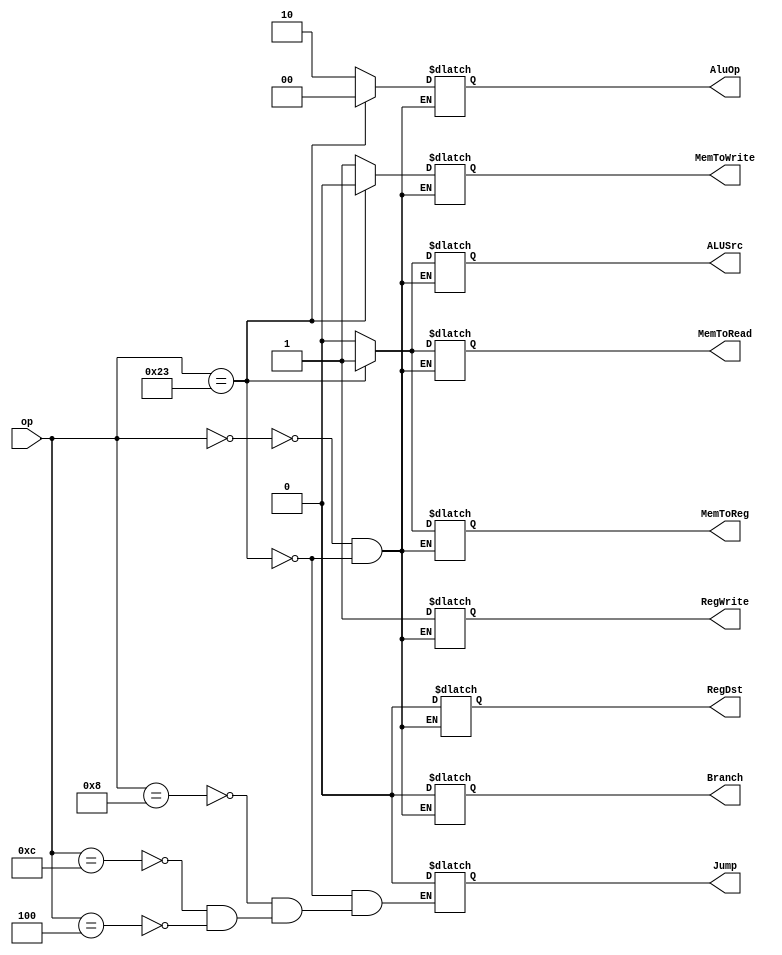
module UnidadDeControl( input [5:0] op,
output reg RegDst, output reg Branch, output reg MemToRead,
output reg MemToReg, output reg MemToWrite, output reg ALUSrc, 
output reg RegWrite, output reg Jump, output reg [1:0] AluOp );

always @(op) begin

    case(op)

    6'b000000: begin  //Instrucciones tipo R
        RegDst = 1'b0;  
        Branch = 1'b0;  
        MemToRead = 1'b0;
        MemToReg = 1'b0;
        MemToWrite = 1'b1;
        ALUSrc = 1'b0; 
        RegWrite = 1'b1;
        AluOp = 2'b10;
	end
		
	6'b100011: begin  //Instrucciones tipo I
		Jump = 1'b0;  //lw
		RegDst = 1'b0;  
        Branch = 1'b0;  
        MemToRead = 1'b1;
        MemToReg = 1'b1;
        MemToRead = 1'b1;
        MemToWrite = 1'b0;
        ALUSrc = 1'b1; 
        RegWrite = 1'b1;
        AluOp = 2'b00;
	end
	6'b100011: begin  //Instrucciones tipo I
						//sw
		RegDst = 1'b0;  
        Branch = 1'b0;  
        MemToRead = 1'b1;
        MemToReg = 1'b1;
        MemToRead = 1'b1;
		
        ALUSrc = 1'b1; 
        RegWrite = 1'b0;
        AluOp = 2'b00;
	end
	6'b001000: begin
		Jump = 1'b0;	//addi
	end
	6'b001100: begin
		Jump = 1'b0;	//andi
	end
	6'b000100: begin
		Jump = 1'b0;	//beq
    end
	6'b000100: begin
		Jump = 1'b0;	//slti
	
    end
	6'b000100: begin
		Jump = 1'b0;	//ori
	
    end
	
	6'b000010: begin	//Instrucciones tipo J
						// j
	end
	

    endcase

end

endmodule